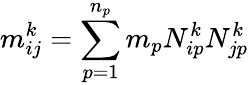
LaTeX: m_{ij}^{k}=\sum_{p=1}^{n_{p}}m_{p}N_{ip}^{k}N_{jp}^{k}